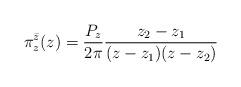
LaTeX: \begin{align*}\pi^{\bar z}_{z}(z) = \frac{P_{z}}{2 \pi} \frac{ z_2 -z_1 }{( z - z_1)( z - z_2)}\end{align*}